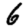
Digit: 6